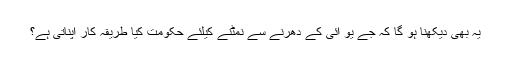
یہ بھی دیکھنا ہو گا کہ جے یو آئی کے دھرنے سے نمٹنے کیلئے حکومت کیا طریقہ کار اپناتی ہے؟